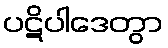
ပဋိပါဒေတွာ